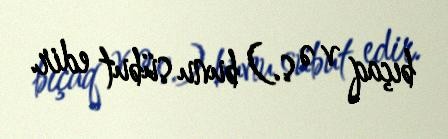
bıçaq v ə s.) bunu sübut edir.